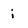
Character: i